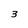
Character: 3